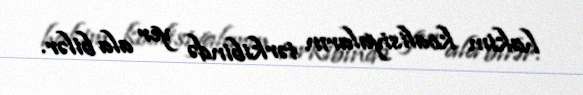
hakim koalisiyaların tərkibində yer ala bilər.